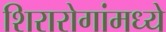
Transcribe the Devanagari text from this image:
शिरारोगांमध्ये